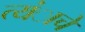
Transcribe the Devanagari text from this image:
त्यंाचे